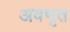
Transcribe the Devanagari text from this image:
अवभृत